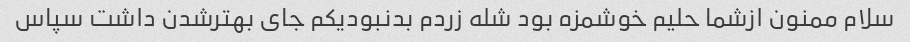
سلام ممنون ازشما حلیم خوشمزه بود شله زردم بدنبودیکم جای بهترشدن داشت سپاس